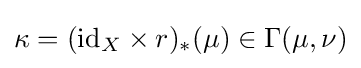
\kappa =(\mathrm {id} _{X}\times r)_{*}(\mu )\in \Gamma (\mu ,\nu )